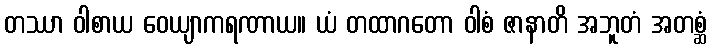
တဿာ ဝါစာယ ဝေယျာကရဏာယ။ ယံ တထာဂတော ဝါစံ ဇာနာတိ အဘူတံ အတစ္ဆံ